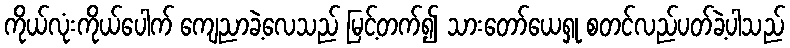
ကိုယ်လုံးကိုယ်ပေါက် ကျေညာခဲ့လေသည် မြင့်တက်၍ သားတော်ယေရှု စတင်လည်ပတ်ခဲ့ပါသည်